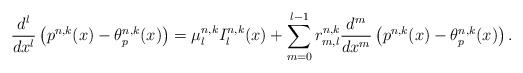
LaTeX: \begin{align*}\frac{d^l}{dx^l}\left(p^{n,k}(x)-\theta_{p}^{n,k}(x)\right)=\mu_{l}^{n,k}I_{l}^{n,k}(x)+\sum_{m=0}^{l-1}r_{m,l}^{n,k}\frac{d^m}{dx^m}\left(p^{n,k}(x)-\theta_{p}^{n,k}(x)\right).\end{align*}